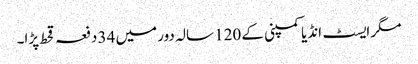
مگر ایسٹ انڈیا کمپنی کے 120 سالہ دور میں 34 دفعہ قحط پڑا۔